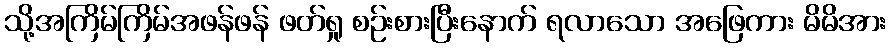
သို့အကြိမ်ကြိမ်အဖန်ဖန် ဖတ်ရှု စဉ်းစားပြီးနောက် ရလာသော အဖြေကား မိမိအား